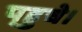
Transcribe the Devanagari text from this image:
प्‌हुचे।